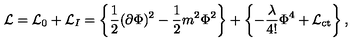
{ \cal L } = { \cal L } _ { 0 } + { \cal L } _ { I } = \left\{ \frac { 1 } { 2 } ( \partial \Phi ) ^ { 2 } - \frac { 1 } { 2 } m ^ { 2 } \Phi ^ { 2 } \right\} + \left\{ - \frac { \lambda } { 4 ! } \Phi ^ { 4 } + { \cal L } _ { \mathrm { c t } } \right\} ,